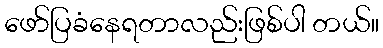
ဖော်ပြခံနေရတာလည်းဖြစ်ပါ တယ်။